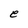
Character: e